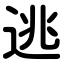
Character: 逃